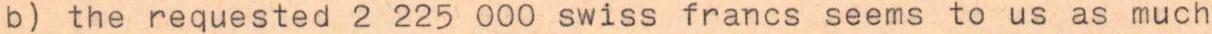
b) the requested 2 225 000 swiss francs seems to us as much